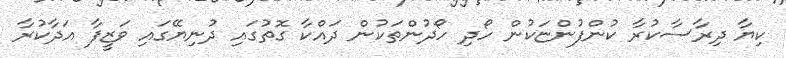
ކިޔާ ދިރާސާކުރާ ކުންފުންޏަކުން ހޯދި ހޯދުންތަކުން ދައްކާ ގޮތުގައި ދުނިޔޭގައި ވަޒީފާ އަދާކުރާ